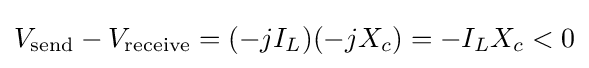
V_{\text{send}}-V_{\text{receive}}=(-jI_{L})(-jX_{c})=-I_{L}X_{c}<0